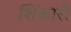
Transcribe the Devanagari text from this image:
शिंकारी